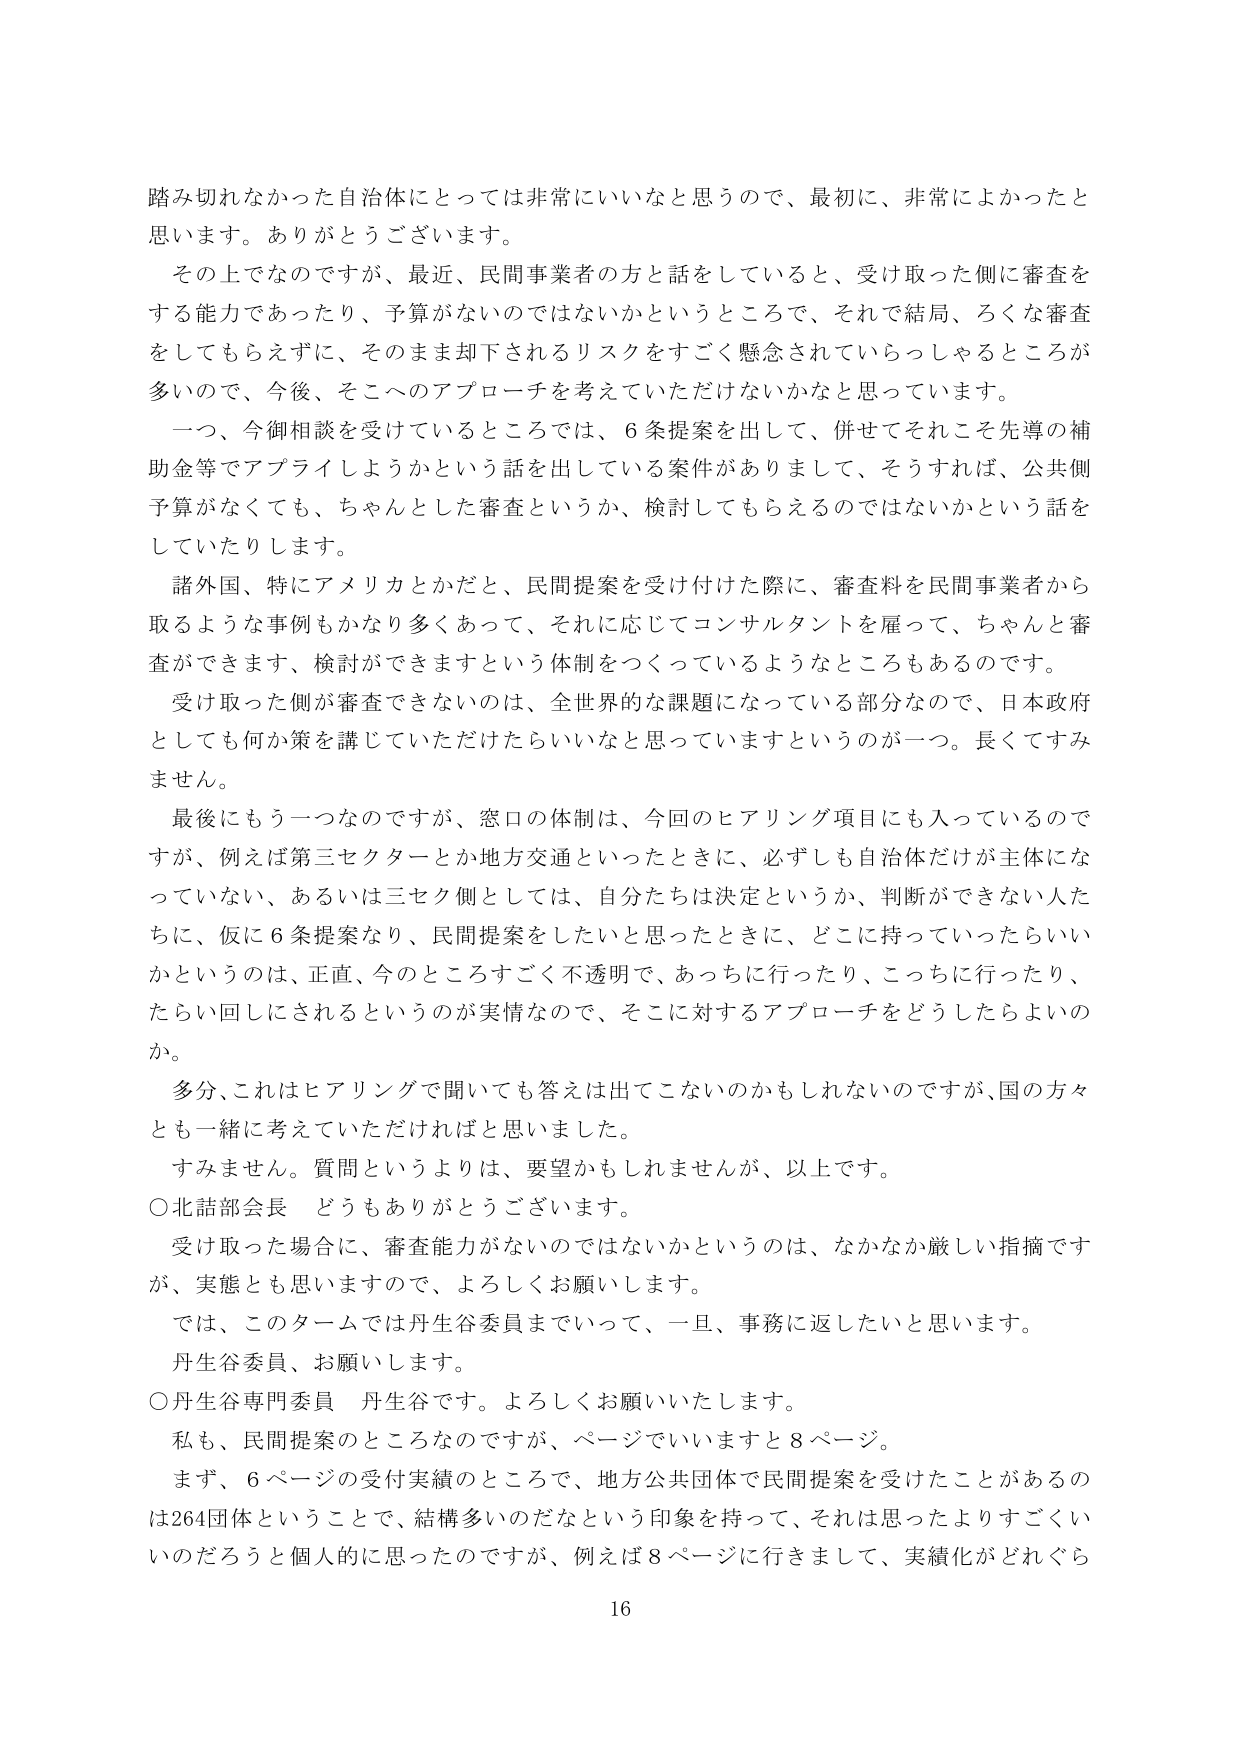
踏み切れなかった自治体にとっては非常にいいなと思うので、最初に、非常によかったと思います。ありがとうございます。

その上でなのですが、最近、民間事業者の方と話をしていると、受け取った側に審査をする能力であったり、予算がないのではないかというところで、それで結局、ろくな審査をしてもらえずに、そのまま却下されるリスクをすごく懸念されていらっしゃるところが多いので、今後、そこへのアプローチを考えていただけないかなと思っています。

一つ、今御相談を受けているところでは、6条提案を出して、併せてそれこそ先導的補助金等でアプライしようかという話を出している案件がありまして、そうすれば、公共側予算がなくても、ちゃんとした審査というか、検討してもらえるのではないかという話をしていたりします。

諸外国、特にアメリカとかだと、民間提案を受け付けた際に、審査料を民間事業者から取るような事例もかなり多くあって、それに応じてコンサルタントを雇って、ちゃんと審査ができます、検討ができますという体制をつくっているようなところもあるのです。

受け取った側が審査できないのは、全世界的な課題になっている部分なので、日本政府としても何か策を講じていただけたらいいなと思っていますというのが一つ。長くてすみません。

最後にもう一つなのですが、窓口の体制は、今回のヒアリング項目にも入っているのですが、例えば第三セクターとか地方交通といったときに、必ずしも自治体だけが主体になっていない、あるいは三セク側としては、自分たちは決定というか、判断ができない人たちに、仮に6条提案なり、民間提案をしたいと思ったときに、どこに持っていったらいいかというのは、正直、今のところすごく不透明で、あっちに行ったり、こっちに行ったり、たらい回しにされるというのが実情なので、そこに対するアプローチをどうしたらよいのか。

多分、これはヒアリングで聞いても答えは出てこないのかもしれないのですが、国の方々とも一緒に考えていただければと思いました。

すみません。質問というよりは、要望かもしれませんが、以上です。

○北舘部会長　どうもありがとうございます。

受け取った場合に、審査能力がないのではないかというのは、なかなか厳しい指摘ですが、実態とも思いますので、よろしくお願いします。

では、このタームでは丹生谷委員までいって、一旦、事務に返したいと思います。

丹生谷委員、お願いします。

○丹生谷専門委員　丹生谷です。よろしくお願いいたします。

私も、民間提案のところなのですが、ページでいいますと8ページ。

まず、6ページの受付実績のところで、地方公共団体で民間提案を受けたことがあるのは264団体ということで、結構多いのだなという印象を持って、それは思ったよりすごくいいのだろうと個人的に思ったのですが、例えば8ページに行きまして、実績化がどれぐらい

16